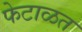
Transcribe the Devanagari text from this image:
फेटाळत